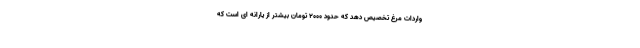
واردات مرغ تخصیص دهد که حدود ۲۰۰۰ تومان بیشتر از یارانه ای است که